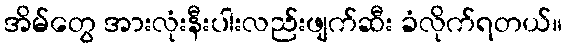
အိမ်တွေ အားလုံးနီးပါးလည်းဖျက်ဆီး ခံလိုက်ရတယ်။